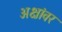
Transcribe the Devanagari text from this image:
अक्षांवर